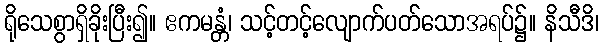
ရိုသေစွာရှိခိုးပြီး၍။ ဧကမန္တံ၊ သင့်တင့်လျောက်ပတ်သောအရပ်၌။ နိသီဒိ၊